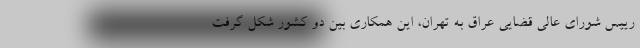
رییس شورای عالی قضایی عراق به تهران، این همکاری بین دو کشور شکل گرفت